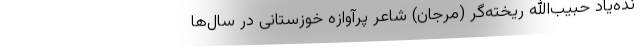
نده‌یاد حبیب‌الله ریخته‌گر (مرجان) شاعر پرآوازه خوزستانی در سال‌ها